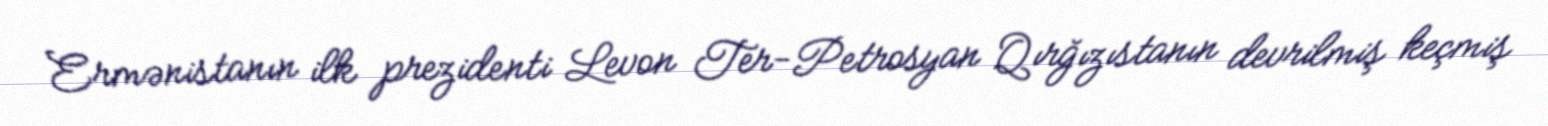
Ermənistanın ilk prezidenti Levon Ter-Petrosyan Qırğızıstanın devrilmiş keçmiş